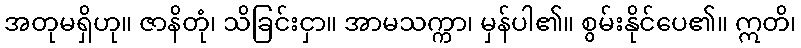
အတုမရှိဟု။ ဇာနိတုံ၊ သိခြင်းငှာ။ အာမသက္ကာ၊ မှန်ပါ၏။ စွမ်းနိုင်ပေ၏။ ဣတိ၊